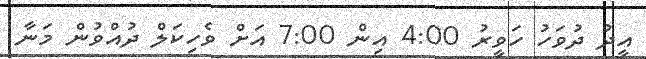
އީދު ދުވަހު ހަވީރު 4:00 އިން 7:00 އަށް ވެހިކަލް ދުއްވުން މަނާ